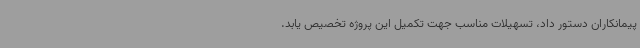
پیمانکاران دستور داد، تسهیلات مناسب جهت تکمیل این پروژه تخصیص یابد.